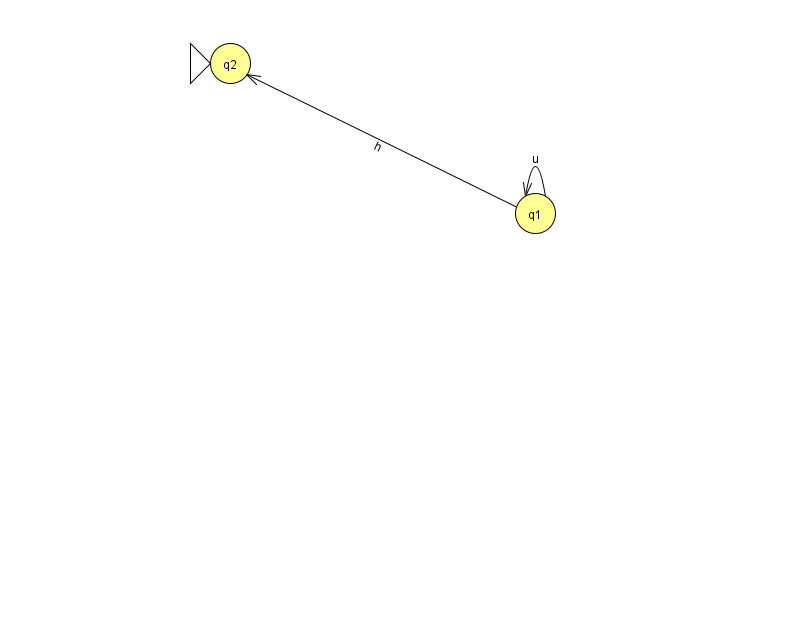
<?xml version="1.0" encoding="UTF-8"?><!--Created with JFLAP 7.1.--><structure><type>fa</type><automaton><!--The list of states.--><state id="1" name="q1"><x>535.0</x><y>200.0</y></state><state id="2" name="q2"><x>230.0</x><y>50.0</y><initial/></state><!--The list of transitions.--><transition><from>1</from><to>1</to><read>u</read></transition><transition><from>1</from><to>2</to><read>h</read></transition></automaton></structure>